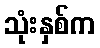
သုံးနှစ်က